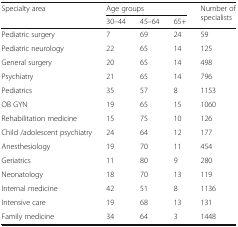
| <ROWSPAN=2> Specialty area | <COLSPAN=3> Age groups | <ROWSPAN=2> Number of specialists |
 | 30–44 | 45–64 | 65+ |
 | --- | --- | --- | --- | --- |
 | Pediatric surgery | 7 | 69 | 24 | 59 |
 | Pediatric neurology | 22 | 65 | 14 | 125 |
 | General surgery | 20 | 65 | 14 | 498 |
 | Psychiatry | 21 | 65 | 14 | 796 |
 | Pediatrics | 35 | 57 | 8 | 1153 |
 | OB GYN | 19 | 65 | 15 | 1060 |
 | Rehabilitation medicine | 15 | 75 | 10 | 126 |
 | Child /adolescent psychiatry | 24 | 64 | 12 | 177 |
 | Anesthesiology | 19 | 70 | 11 | 454 |
 | Geriatrics | 11 | 80 | 9 | 280 |
 | Neonatology | 18 | 70 | 13 | 119 |
 | Internal medicine | 42 | 51 | 8 | 1136 |
 | Intensive care | 19 | 68 | 13 | 131 |
 | Family medicine | 34 | 64 | 3 | 1448 |